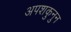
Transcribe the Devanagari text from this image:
अपशकुनुन